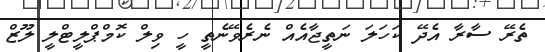
ތެރޭ ސާރާ އެދޭ ކަހަލަ ނަތީޖާއެއް ނެރެވޭނެތީ ހީ ވިލް ކޮމްޕްލީޓްލީ ލޫޒް